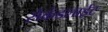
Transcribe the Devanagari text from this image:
सेकंडलाईट